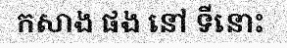
កសាង ផង នៅ ទីនោះ